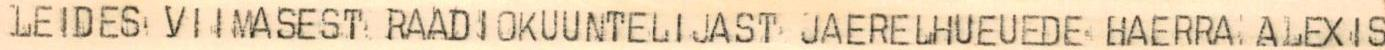
LEIDES VIIMASEST RAADIOKUUNTELIJAST JAERELHUEUEDE HAERRA ALEXIS